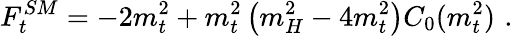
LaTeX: F_{t}^{SM}=-2m_{t}^{2}+m_{t}^{2}\left(m_{H}^{2}-4m_{t}^{2}\right)C_{0}(m_{t}^{2})\, \, .